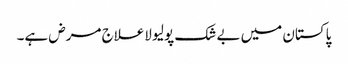
پاکستان میں بے شک پولیو لاعلاج مرض ہے۔